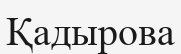
Қадырова